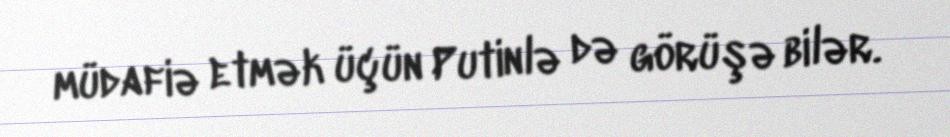
müdafiə etmək üçün Putinlə də görüşə bilər.